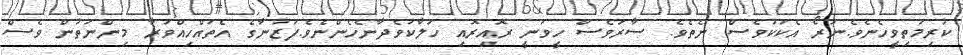
ކުރިމަތިވީހެނެވެ.ނުރޯ އެކަކުވެސް ނެތެވެ. ސާރަވެސް ހީވަނީ ރޮއިރޮއި ހަލާކުވެދާނެހެންނެވެ.ފަޒުނާގެ އެތައްހިއްވަރާ މިންނަތުން ވެސް